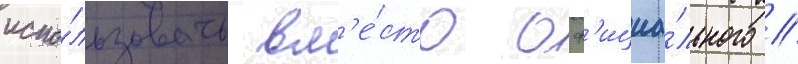
испо́льзовать вм'е́сто оф'ициа́льного /